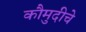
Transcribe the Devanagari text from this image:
कौमुदीचे